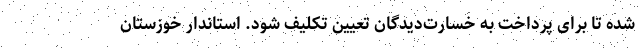
شده تا برای پرداخت به خسارت‌دیدگان تعیین تکلیف شود. استاندار خوزستان